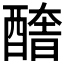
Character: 𨢔